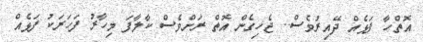
އޮތްހާ ފަޅެއް ދޭއިރުވެސް.. ޖެހިގެން އޮތް ރަށްވެސް ކާލާފަ މިހާރު ފަހަރަކު ފަޅެއް